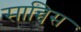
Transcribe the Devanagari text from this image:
सान्चिस